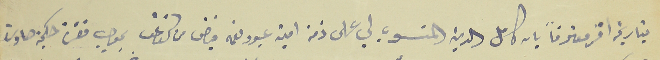
بتاريخه اقر معترفاً بان كامل الدين المنسوب لي على ذمة امين عبود نعمه فياض من كفرعقا بموجب حكمية صارت